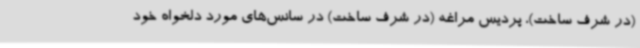
(در شرف ساخت)، پردیس مراغه (در شرف ساخت) در سانس‌های مورد دلخواه خود